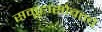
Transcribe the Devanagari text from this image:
समूहासोबतचे